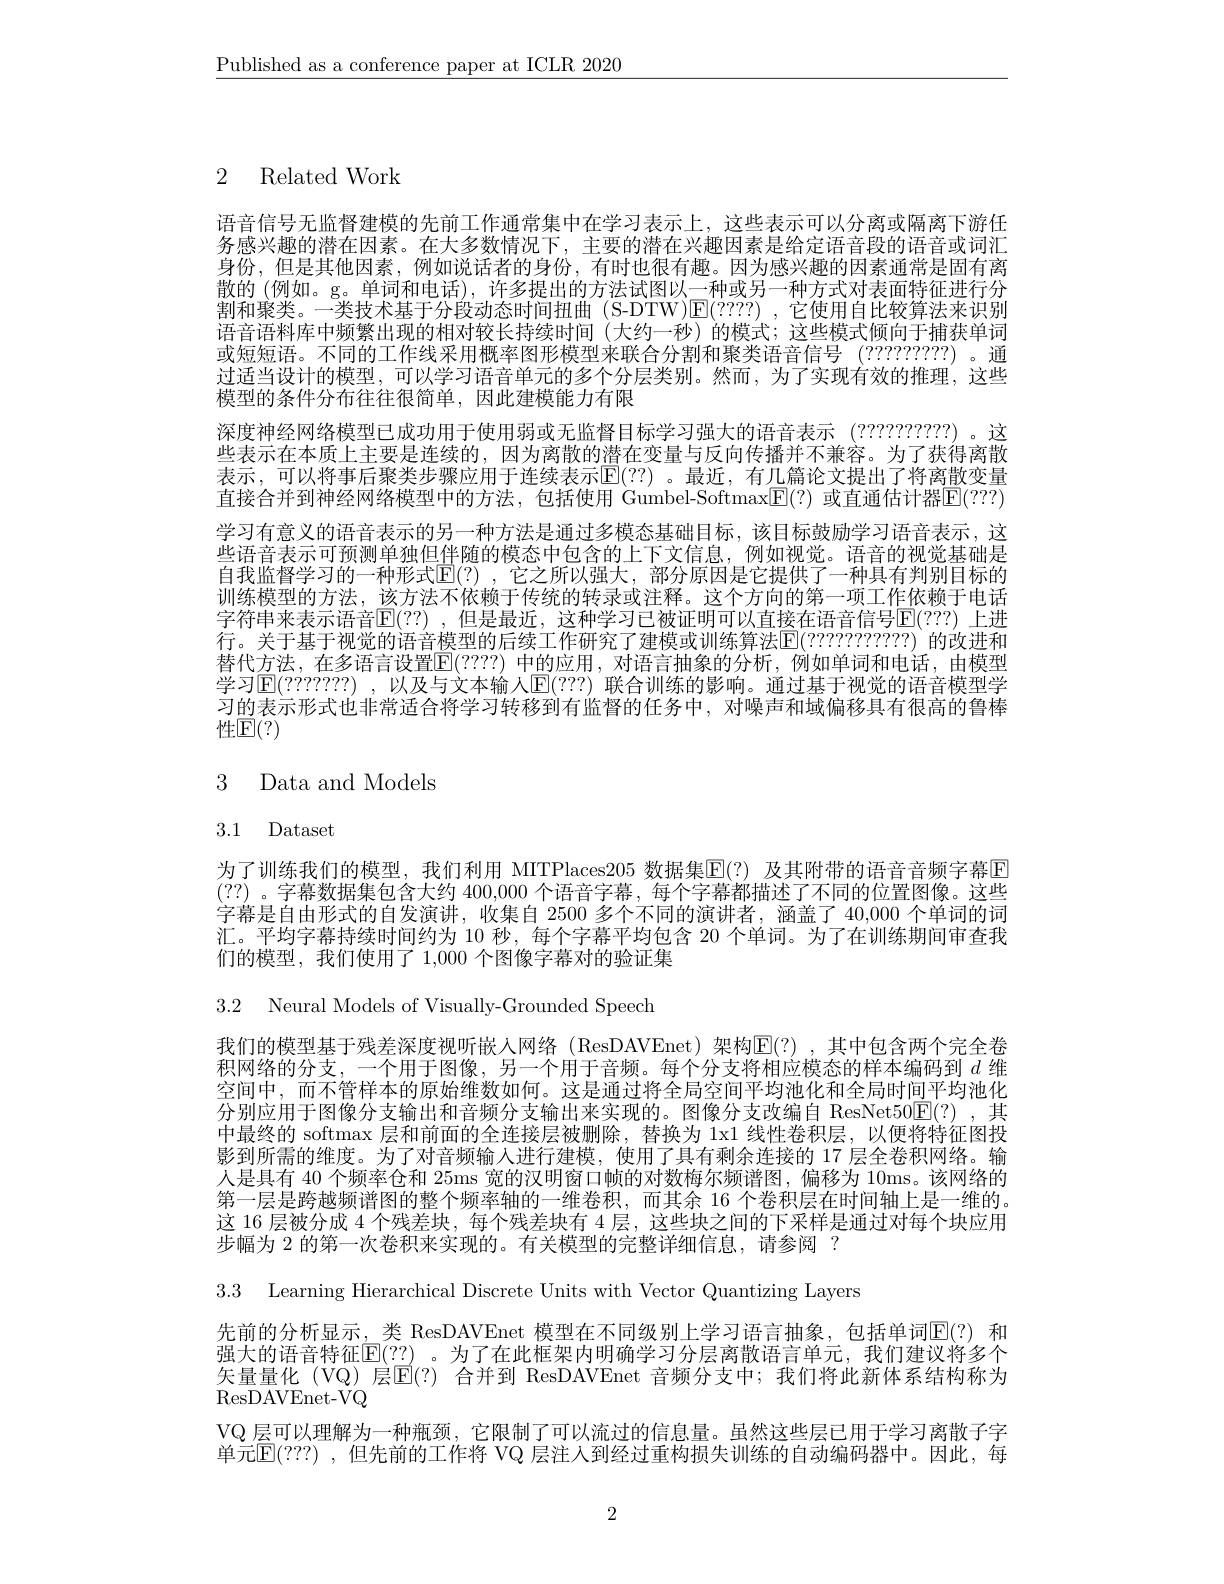
$\underline{\text{Published as a conference paper at ICLR 2020}}$

2 Related Work

语音信号无监督建模的先前工作通常集中在学习表示上，这些表示可以分离或隔离下游任务感兴趣的潜在因素。在大多数情况下，主要的潜在兴趣因素是给定语音段的语音或词汇身份，但是其他因素，例如说话者的身份，有时也很有趣。因为感兴趣的因素通常是固有离散的 (例如。g。单词和电话),许多提出的方法试图以一种或另一种方式对表面特征进行分制和取米 半世士甘飞风土在叶间却曲 (S DTWV)$\nabla(22223)$ 一年田白此较筒汁来江即割和聚类。一类技术基于分段动态时间扭曲(S-DTW)$\overline{\mathrm{E}}(????)$ ,它使用自比较算法来识别语音语料库中频繁出现的相对较长持续时间(大约一秒)的模式；这些模式倾向于捕获单词或短短语。不同的工作线采用概率图形模型来联合分割和聚类语音信号 (??????????) 。通过适当设计的模型，可以学习语音单元的多个分层类别。然而，为了实现有效的推理，这些模型的条件分布往往很简单，因此建模能力有限
深度神经网络模型已成功用于使用弱或无监督目标学习强大的语音表示 (???????????)。这些表示在本质上主要是连续的，因为离散的潜在变量与反向传播并不兼容。为了获得离散表示，可以将事后聚类步骤应用于连续表示$\overline{\mathbb{E}}(??)$ 。最近，有几篇论文提出了将离散变量直接合并到神经网络模型中的方法，包括使用 Gumbel-SoftmaxE(?) 或直通估计器E(???) 学习有意义的语音表示的另一种方法是通过多模态基础目标，该目标鼓励学习语音表示，这些语音表示可预测单独但伴随的模态中包含的上下文信息，例如视觉。语音的视觉基础是自我监督学习的一种形式$\overline{\mathbb{E}}(?)$ ,它之所以强大，部分原因是它提供了一种具有判别目标的训练模型的方法，该方法不依赖于传统的转录或注释。这个方向的第一项工作依赖于电话字符串来表示语音$\mathbb{E} ( ? ? )$ , 但是最近，这种学习已被证明可以直接在语音信号$\mathbb{E}(???)$ 上进行。关于基于视觉的语音模型的后续工作研究了建模或训练算法$\overline{\mathrm{E}}(???????????)$ 的改进和替代方法，在多语言设置$\mathbb{E}(????)$ 中的应用，对语言抽象的分析，例如单词和电话，由模型学习$\operatorname{E}(???????)~,~$以及与文本输人$\operatorname{E}(???)~$联合训练的影响。通过基于视觉的语音模型学习的表示形式也非常适合将学习转移到有监督的任务中，对噪声和域偏移具有很高的鲁棒性E(?)

# 3 Data and Models

3.1 Dataset

为了训练我们的模型，我们利用 MITPlaces205 数据集$\mathbb{E}(?)$ 及其附带的语音音频字幕$\mathbb{E}$ (??) 。字幕数据集包含大约 400,000 个语音字幕，每个字幕都描述了不同的位置图像。这些字幕是自由形式的自发演讲，收集自 2500 多个不同的演讲者，涵盖了 40,000 个单词的词汇。平均字幕持续时间约为 10 秒，每个字幕平均包含 20 个单词。为了在训练期间审查我们的模型，我们使用了 1,000 个图像字幕对的验证集

3.2 Neural Models of Visually-Grounded Speech
我们的模型基于残差深度视听嵌人网络(ResDAVEnet)架构E(?),其中包含两个完全卷积网络的分支，一个用于图像，另一个用于音频。每个分支将相应模态的样本编码到$d$维空间中，而不管样本的原始维数如何。这是通过将全局空间平均池化和全局时间平均池化分别应用于图像分支输出和音频分支输出来实现的。图像分支改编自 ResNet50E(?),其中最终的 softmax 层和前面的全连接层被删除，替换为 1x1 线性卷积层，以便将特征图投影到所需的维度。为了对音频输入进行建模，使用了具有剩余连接的 17 层全卷积网络。输人是具有 40 个频率仓和 25ms 宽的汉明窗口帧的对数梅尔频谱图，偏移为 10ms。该网络的第一层是跨越频谱图的整个频率轴的一维卷积，而其余 16 个卷积层在时间轴上是一维的。这 16 层被分成 4 个残差块，每个残差块有 4 层 , 这些块之间的下采样是通过对每个块应用步幅为 2 的第一次卷积来实现的。有关模型的完整详细信息，请参阅 ?

3.3 Learning Hierarchical Discrete Units with Vector Quantizing Layers

先前的分析显示，类 ResDAVEnet 模型在不同级别上学习语言抽象，包括单词$\mathbb{E}(?)$ 和强大的语音特征$\mathbb{E}(??)$ 。为了在此框架内明确学习分层离散语言单元，我们建议将多个矢量量化 (VQ) 层$\overline{\mathbb{E}}(?)$ 合并到 ResDAVEnet 音频分支中；我们将此新体系结构称为ResDAVEnet- VQ
VQ 层可以理解为一种瓶颈，它限制了可以流过的信息量。虽然这些层已用于学习离散子字单元$\overline{\mathbb{E}}(???)$ ,但先前的工作将 VQ 层注入到经过重构损失训练的自动编码器中。因此，每

2